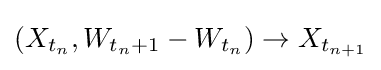
(X_{t_{n}},W_{t_{n}+1}-W_{t_{n}})\rightarrow X_{t_{n+1}}